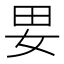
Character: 㚻